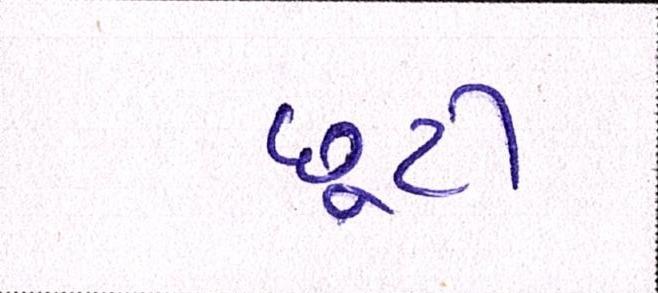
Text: છૂટી